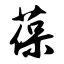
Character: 葆